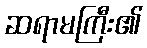
ဆရာမကြီး၏